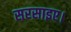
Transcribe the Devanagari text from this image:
सरसाइए।